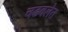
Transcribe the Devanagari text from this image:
चढवलेत